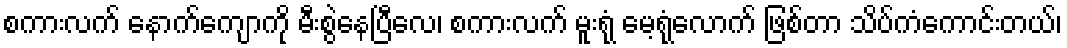
စကားလက် နောက်ကျောကို မီးစွဲနေပြီလေ၊ စကားလက် မူးရုံ မေ့ရုံလောက် ဖြစ်တာ သိပ်ကံကောင်းတယ်၊